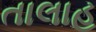
તાલાહ